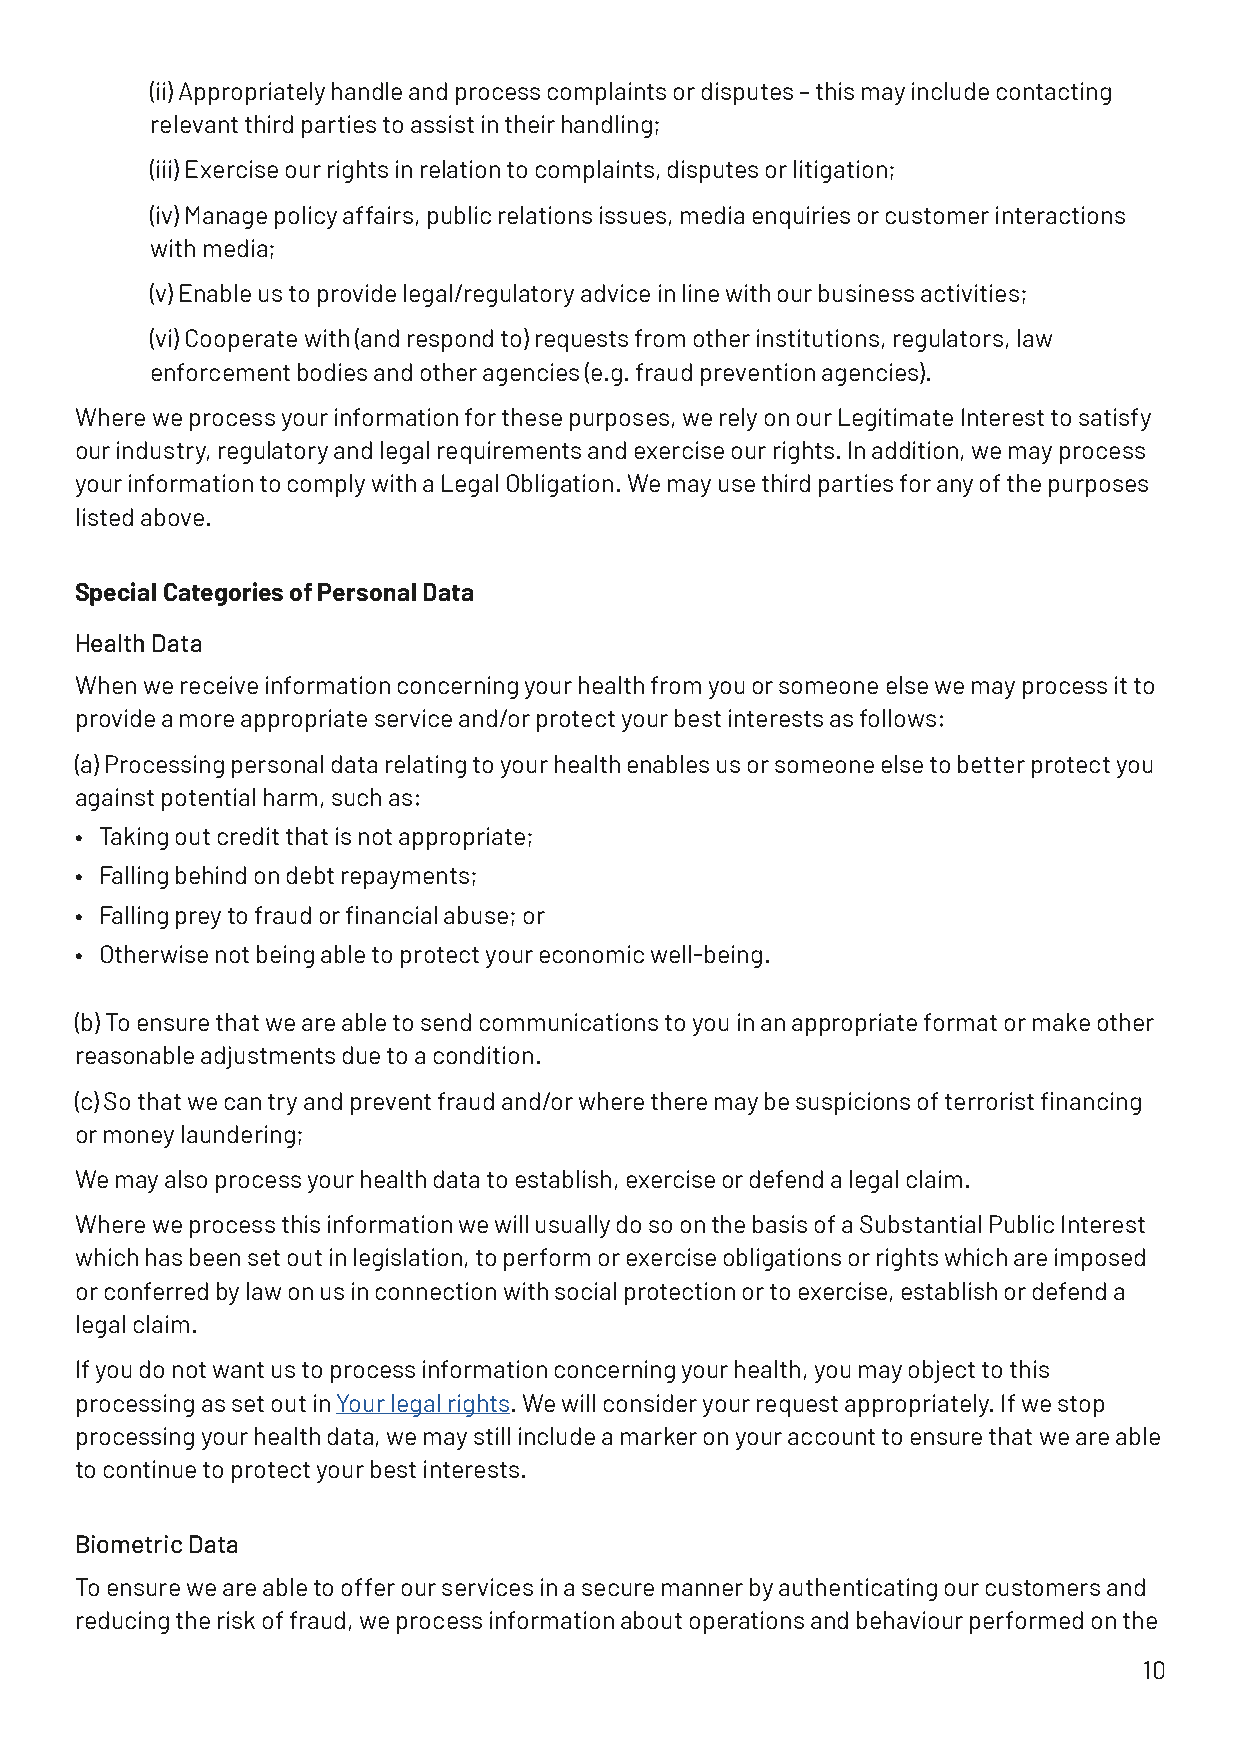
(ii) Appropriately handle and process complaints or disputes – this may include contacting
 relevant third parties to assist in their handling;
 (iii) Exercise our rights in relation to complaints, disputes or litigation;
 (iv) Manage policy affairs, public relations issues, media enquiries or customer interactions
 with media;
 (v) Enable us to provide legal/regulatory advice in line with our business activities;
 (vi) Cooperate with (and respond to) requests from other institutions, regulators, law
 enforcement bodies and other agencies (e.g. fraud prevention agencies).
 Where we process your information for these purposes, we rely on our Legitimate Interest to satisfy
 our industry, regulatory and legal requirements and exercise our rights. In addition, we may process
 your information to comply with a Legal Obligation. We may use third parties for any of the purposes
 listed above.
 Special Categories of Personal Data
 Health Data
 When we receive information concerning your health from you or someone else we may process it to
 provide a more appropriate service and/or protect your best interests as follows:
 (a) Processing personal data relating to your health enables us or someone else to better protect you
 against potential harm, such as:
 • Taking out credit that is not appropriate;
 • Falling behind on debt repayments;
 • Falling prey to fraud or financial abuse; or
 • Otherwise not being able to protect your economic well-being.
 (b) To ensure that we are able to send communications to you in an appropriate format or make other
 reasonable adjustments due to a condition.
 (c) So that we can try and prevent fraud and/or where there may be suspicions of terrorist financing
 or money laundering;
 We may also process your health data to establish, exercise or defend a legal claim.
 Where we process this information we will usually do so on the basis of a Substantial Public Interest
 which has been set out in legislation, to perform or exercise obligations or rights which are imposed
 or conferred by law on us in connection with social protection or to exercise, establish or defend a
 legal claim.
 If you do not want us to process information concerning your health, you may object to this
 processing as set out in Your legal rights. We will consider your request appropriately. If we stop
 processing your health data, we may still include a marker on your account to ensure that we are able
 to continue to protect your best interests.
 Biometric Data
 To ensure we are able to offer our services in a secure manner by authenticating our customers and
 reducing the risk of fraud, we process information about operations and behaviour performed on the
 10